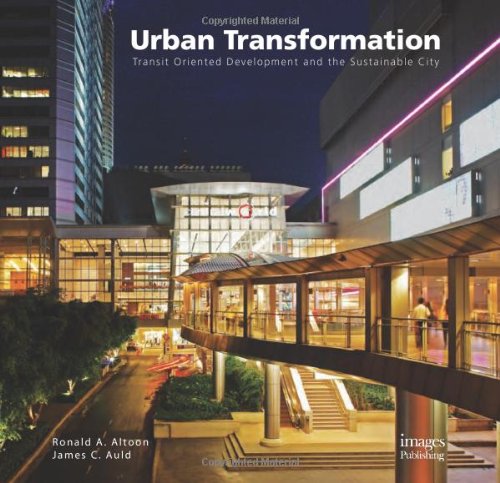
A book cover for Urban Transformations: Transit Oriented Development & The Sustainable City; Ronald A. Altoon; Engineering & Transportation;